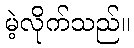
မဲ့လိုက်သည်။